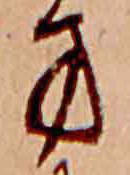
方